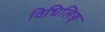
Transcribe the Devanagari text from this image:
विधिलिङ्